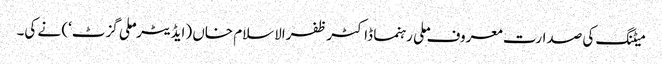
میٹنگ کی صدارت معروف ملی رہنما ڈاکٹر ظفرالاسلام خاں (ایڈیٹر ’ملی گزٹ‘) نے کی۔